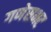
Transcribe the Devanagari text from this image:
गणेसभट